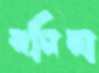
ধনিচা